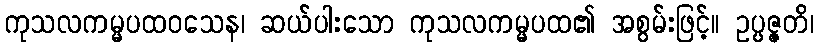
ကုသလကမ္မပထဝသေန၊ ဆယ်ပါးသော ကုသလကမ္မပထ၏ အစွမ်းဖြင့်။ ဥပ္ပဇ္ဇတိ၊